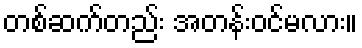
တစ်ဆက်တည်း အတန်းဝင်မလား။